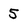
Character: 5